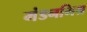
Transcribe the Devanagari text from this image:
मंडनमिश्र